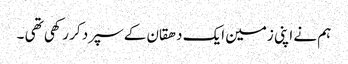
ہم نے اپنی زمین ایک دھقان کے سپرد کر رکھی تھی ۔